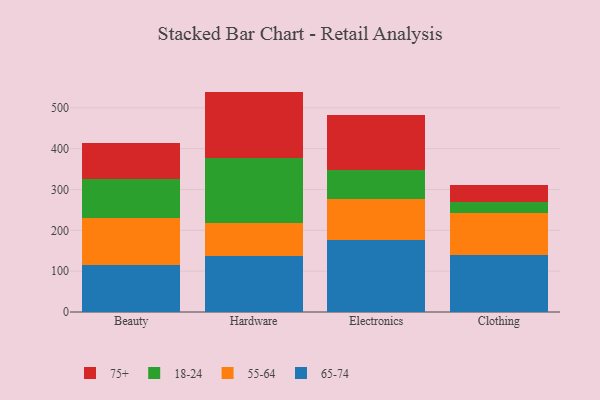
{"axis": {"x": "Category", "y": "Website Visitors"}, "legend": ["18-24", "55-64", "65-74", "75+"], "data": [{"x": "Beauty", "y": 114.5, "type": "65-74"}, {"x": "Beauty", "y": 116.5, "type": "55-64"}, {"x": "Beauty", "y": 95.5, "type": "18-24"}, {"x": "Beauty", "y": 88.3, "type": "75+"}, {"x": "Hardware", "y": 136.3, "type": "65-74"}, {"x": "Hardware", "y": 81.1, "type": "55-64"}, {"x": "Hardware", "y": 159.1, "type": "18-24"}, {"x": "Hardware", "y": 163.3, "type": "75+"}, {"x": "Electronics", "y": 176.1, "type": "65-74"}, {"x": "Electronics", "y": 99.8, "type": "55-64"}, {"x": "Electronics", "y": 72.0, "type": "18-24"}, {"x": "Electronics", "y": 135.2, "type": "75+"}, {"x": "Clothing", "y": 139.7, "type": "65-74"}, {"x": "Clothing", "y": 102.0, "type": "55-64"}, {"x": "Clothing", "y": 26.6, "type": "18-24"}, {"x": "Clothing", "y": 43.0, "type": "75+"}]}